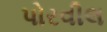
પોરવીલ